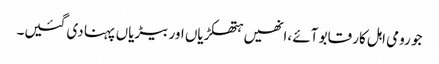
جو رومی اہل کار قابو آئے ،انھیں ہتھکڑیاں اور بیڑیاں پہنا دی گئیں۔